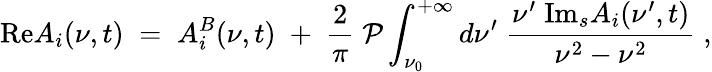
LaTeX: \mathrm{Re}A_{i}(\nu,t)\; =\; A_{i}^{B}(\nu,t)\; +\; {\frac{2}{\pi}}\; {\mathcal P}\int_{\nu_{0}}^{+\infty}d\nu^{\prime}\; {\frac{\nu^{\prime}\; \mathrm{Im}_{s}A_{i}(\nu^{\prime},t)}{\nu^{2}-\nu^{2}}}\; ,